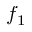
f _ { 1 }